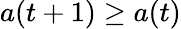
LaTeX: a(t+1)\geq a(t)